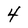
Character: 4